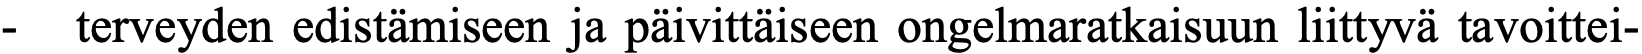
-  terveyden edistämiseen ja päivittäiseen ongelmaratkaisuun liittyvä tavoittei-